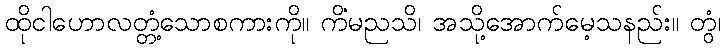
ထိုငါဟောလတ္တံ့သောစကားကို။ ကိံမညသိ၊ အသို့အောက်မေ့သနည်း။ တွံ၊